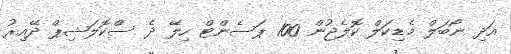
އަދި ނޯބަލް މެޑިކަލް ކޮލެޖުން 100 ޕަސެންޓް ހިލޭ ދެ ސްކޮލަޝިޕް ދޭއިރު